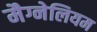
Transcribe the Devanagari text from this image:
मैग्नेलियम